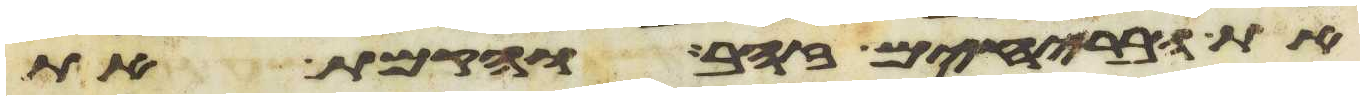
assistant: את הבריחים זהב והקמת את